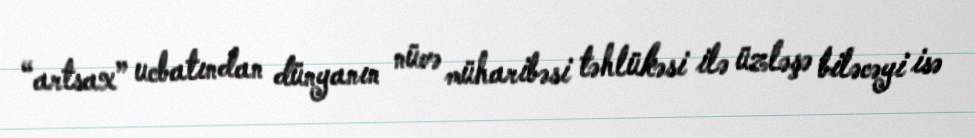
“artsax” ucbatından dünyanın nüvə müharibəsi təhlükəsi ilə üzləşə biləcəyi isə